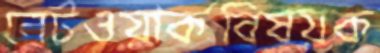
নেটওয়ার্কবিষয়ক